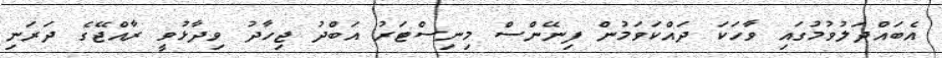
އެބައްދަލުވުމުގައި ވާހަކަ ދައްކަވަމުން ފިނޭންސް މިނިސްޓަރު އަބްދު ޖިހާދު ވިދާޅުވީ ރާއްޖޭގެ ދަރަނި